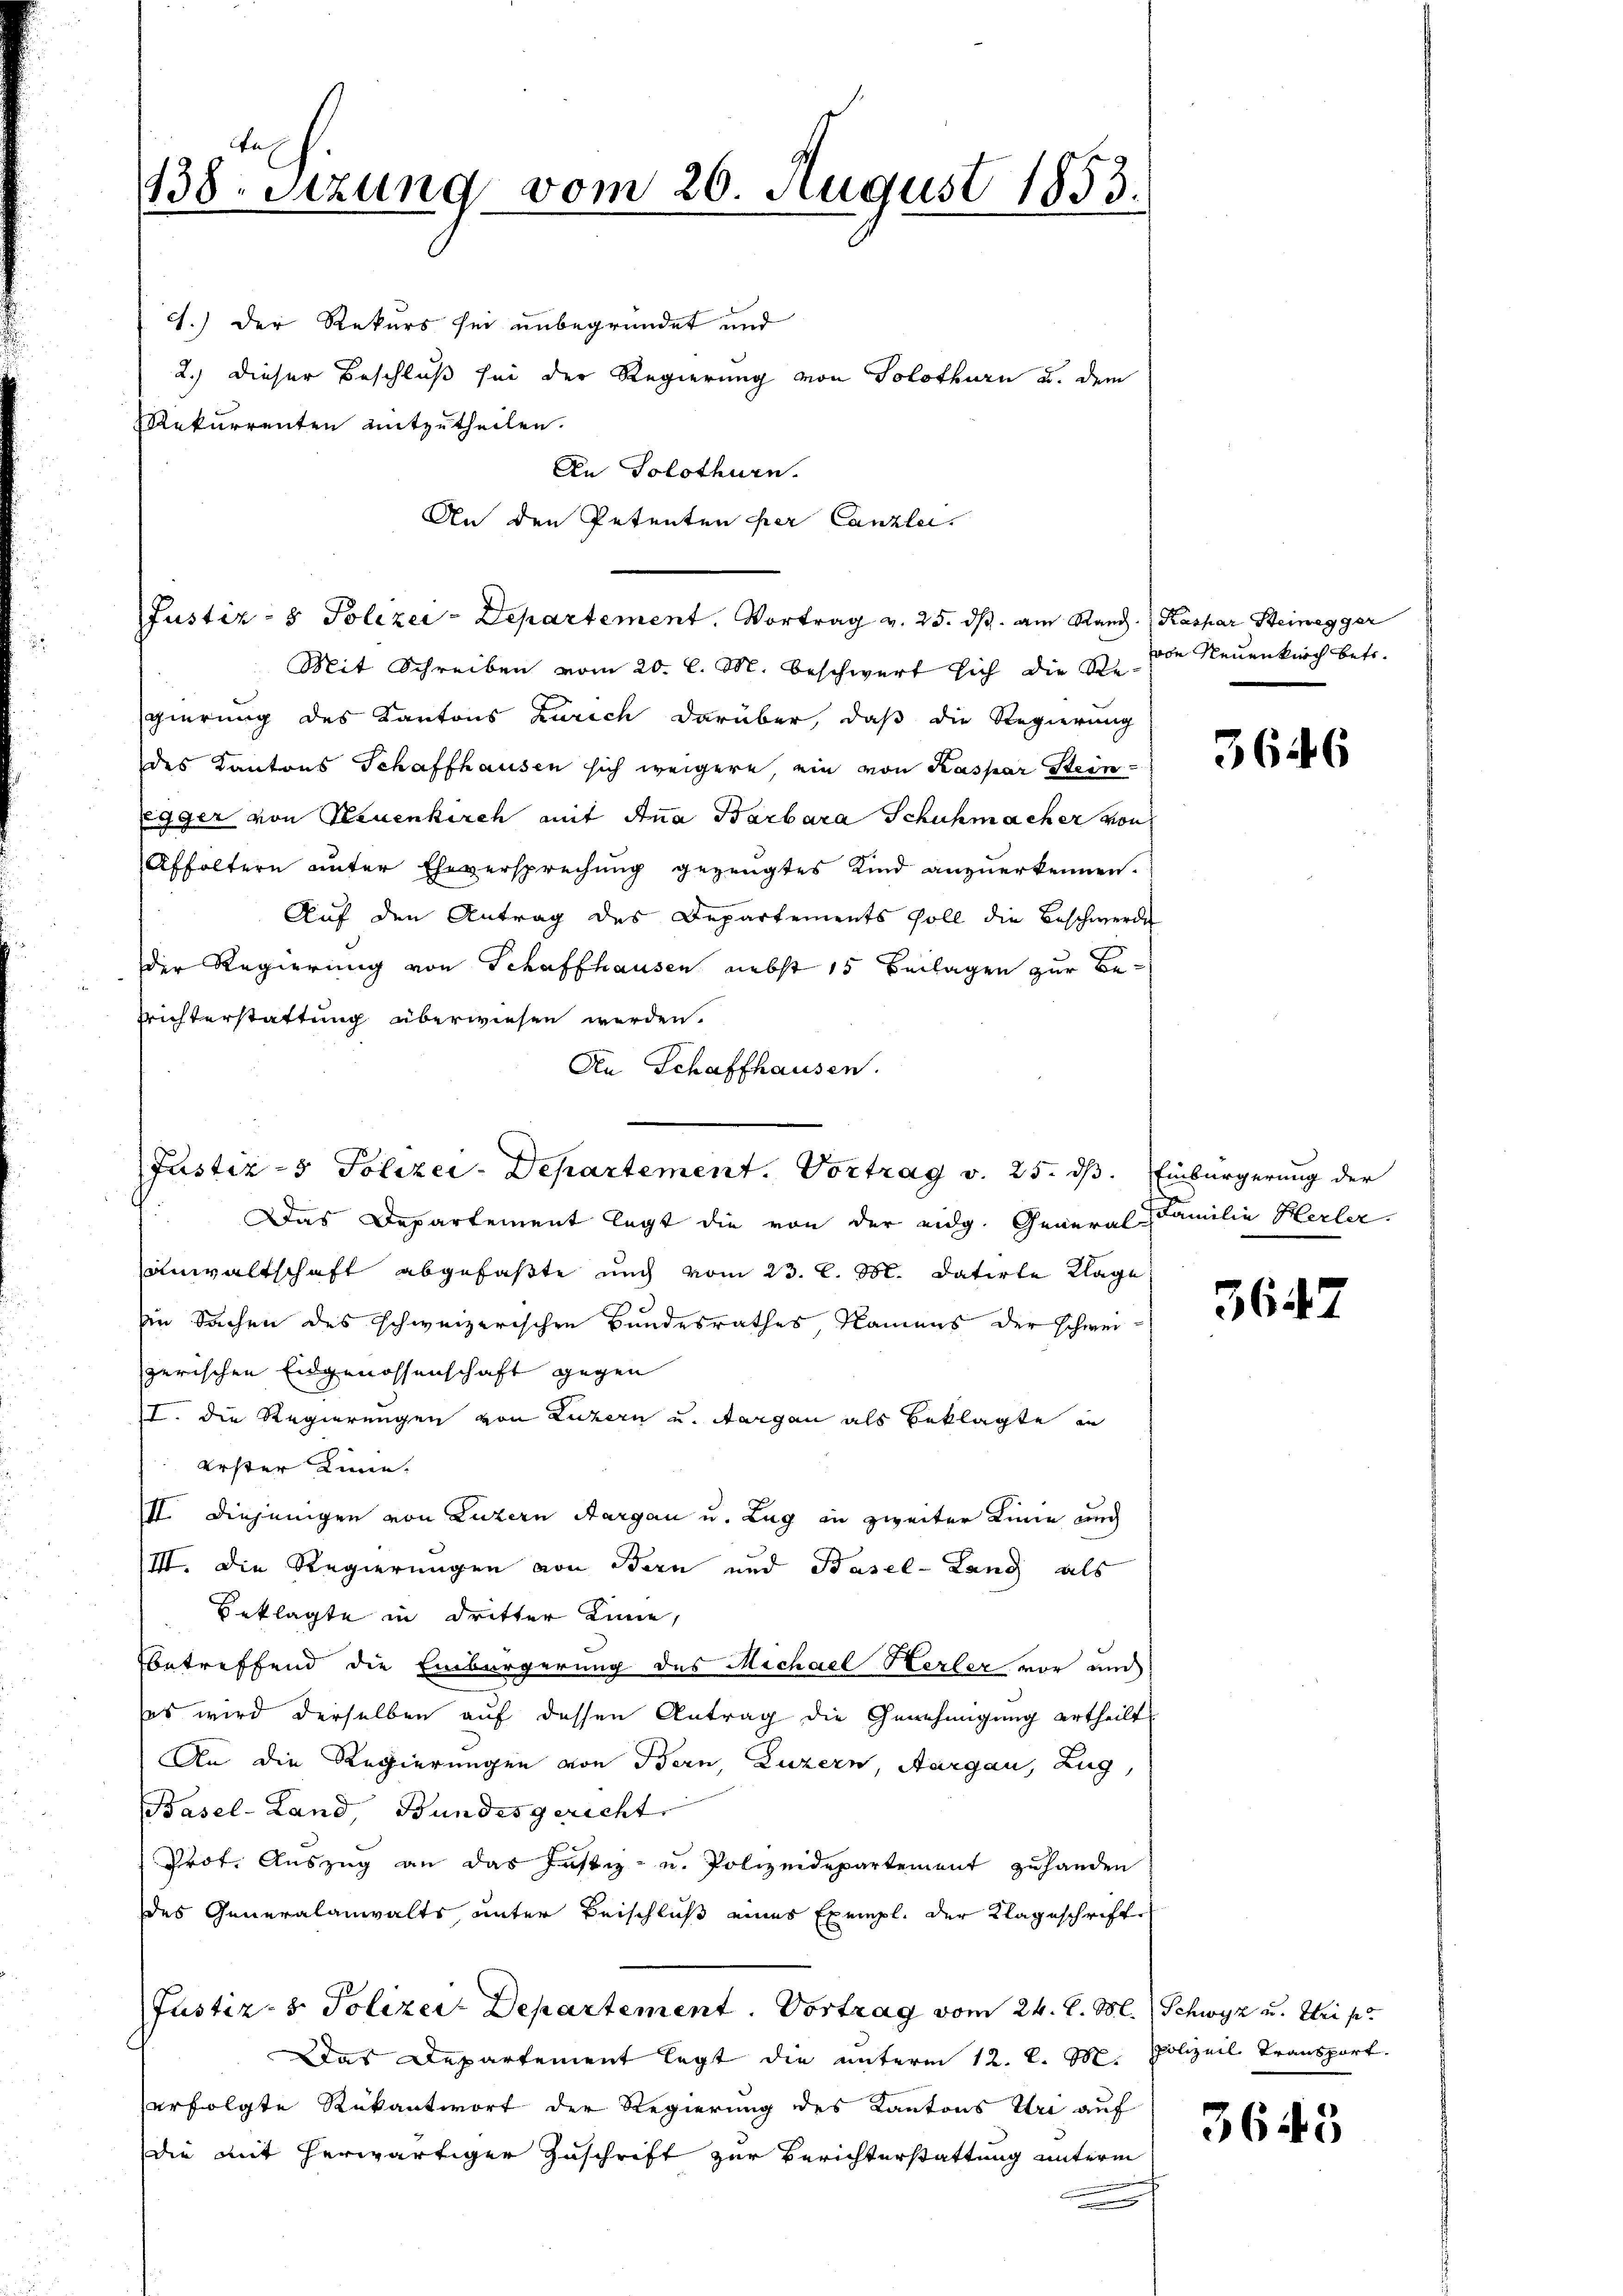
138. Sitzung vom 20. August 1853.

c.) Der Rekurs sei unbegründet und
2.) Dieser Beschluß sei der Regierung von Solothurn u. dem
Rekurrenten mitzutheilen.
Mit Schreiben vom 20. l. M. beschwert sich die Regierung des Kantons Zürich darüber, daß die Regierung
des Kantons Schaffhausen sich weigere, ein von Kaspar Stein
egger von Neuenkirch mit Anna Barbara Schuhmacher von
Affoltern unter Eheversprechung gezeugtes Kind anzuerkennen.
Aŭf den Antrag des Departements soll die Beschwerde
der Regierung von Schaffhausen nebst 15 Beilagen zur Befrichterstattung überwiesen werden.
An Schaffhausen.
Das Departement legt die von der eidg. General Familie Herler.
anwaltschaft abgefaßte und vom 23. d. M. datirte Klage
sie Sachen des schweizerischen Bundesrathes Namens der schweizerischen Eidgenossenschaft gegen
I. die Regierungen von Luzern und Sargen als Beklagte in
erster Linie.
III. Diejenigen von Luzern Aargau u. Zug in zweiter Linie auch
III. Die Regierungen von Bern und Basel-Lang als
Beklagte in Dritter Linie,
betreffend die Einbürgerung des Michael Herler vor auch
ses wird derselben auf dessen Antrag die Genehmigung ertheilt,
An die Regierungen von Bern, Luzern, Aargau, Lug
Basel-Land, Bundesgericht
Prot. Aŭszŭg an das Justiz- u. Polizeidepartement zŭ handen
des Generalanwalts unter Beischluß eines Exempl. der Klageschrifte
Justiz- & Polizei Departement. Vortrag vom 24. d. M.
Das Departement legt die unterm 12. d. M.
erfolgte Rükantwort der Regierung des Kantons Uri auf
die mit herwärtiger Zuschrift zur Berichterstattung unterm

An Solothurn.
Justiz- & Polizei-Departement. Vortrag v. 25. dβ. am Rand. Kaspar Steinegger

An den Petenten her Canzlei.

Justiz- & Polizei-Departement. Vortrag v. 25. ds.

von Neuenkirch betr.

5646

Einbürgerung der

5647

Schwyz u. Weise
Polizeil, Transport.

3645